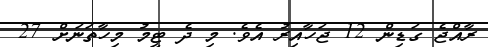
ރާއްޖެ ގަޑިން 12 ޖަހާއިރު އެވެ. މި ދެ ޓީމު މިހާތަނަށް 27